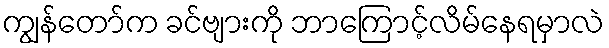
ကျွန်တော်က ခင်ဗျားကို ဘာကြောင့်လိမ်နေရမှာလဲ